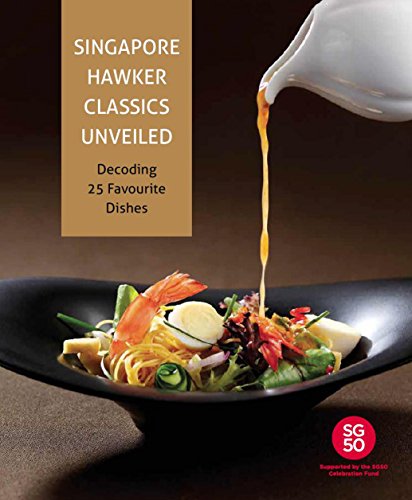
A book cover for Singapore Hawker Classics Unveiled: Decoding 25 Favourite Dishes; Temasek Polytechnic; Cookbooks, Food & Wine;